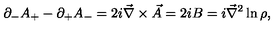
\partial _ { - } A _ { + } - \partial _ { + } A _ { - } = 2 i \vec { \nabla } \times { \vec { A } } = 2 i B = i \vec { \nabla } ^ { 2 } \ln \rho ,